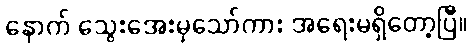
နောက် သွေးအေးမှသော်ကား အရေးမရှိတော့ပြီ။